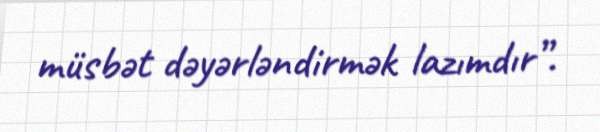
müsbət dəyərləndirmək lazımdır”.